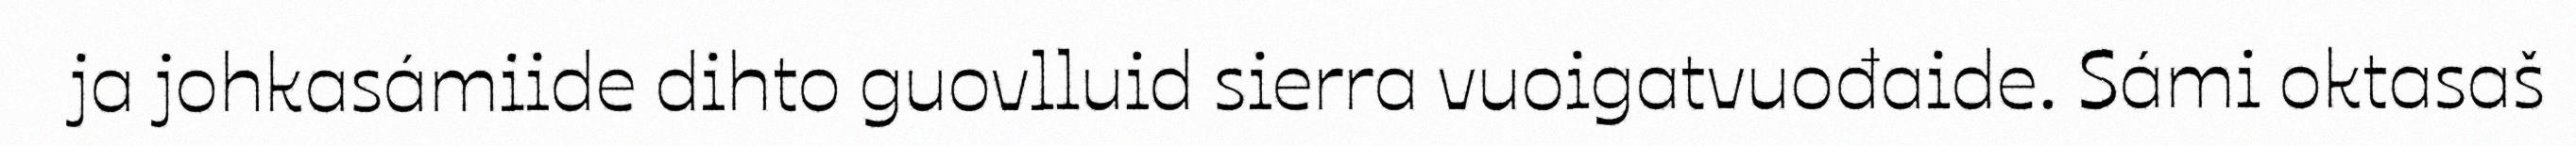
ja johkasámiide dihto guovlluid sierra vuoigatvuođaide. Sámi oktasaš